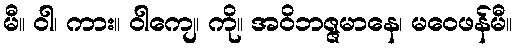
မီ။ ဝါ၊ ကား။ ဝါကျေ၊ ကို။ အဝိဘဇ္ဇမာနေ၊ မဝေဖန်မီ။